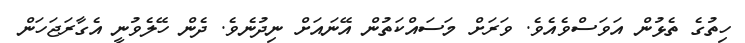
ހިތުގެ ތެޅުން އަވަސްވެއެވެ. ވަރަށް މަސައްކަތުން އޭނައަށް ނިދުނެވެ. ދެން ހޭލެވުނީ އެގާރަޖަހަން